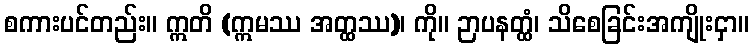
စကားပင်တည်း။ ဣတိ (ဣမဿ အတ္ထဿ)၊ ကို။ ဉာပနတ္ထံ၊ သိစေခြင်းအကျိုးငှာ။